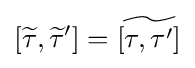
[{\widetilde {\tau }},{\widetilde {\tau }}']={\widetilde {[\tau ,\tau ']}}